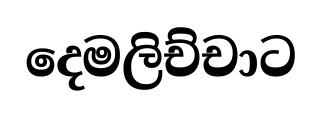
දෙමලිච්චාට